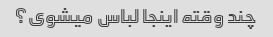
چند وقته اینجا لباس میشوی؟